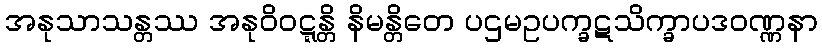
အနုသာသန္တဿ အနုဝိဝဋ္ဋန္တိ နိမန္တိတေ ပဌမဥပက္ခဋသိက္ခာပဒဝဏ္ဏနာ